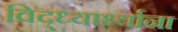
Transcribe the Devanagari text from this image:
विद्ध्यार्थ्याना